Annual report of the Punjab Veterinary College and of the Civil Veterinary Department, Punjab - 1926-1932
Year: 1926
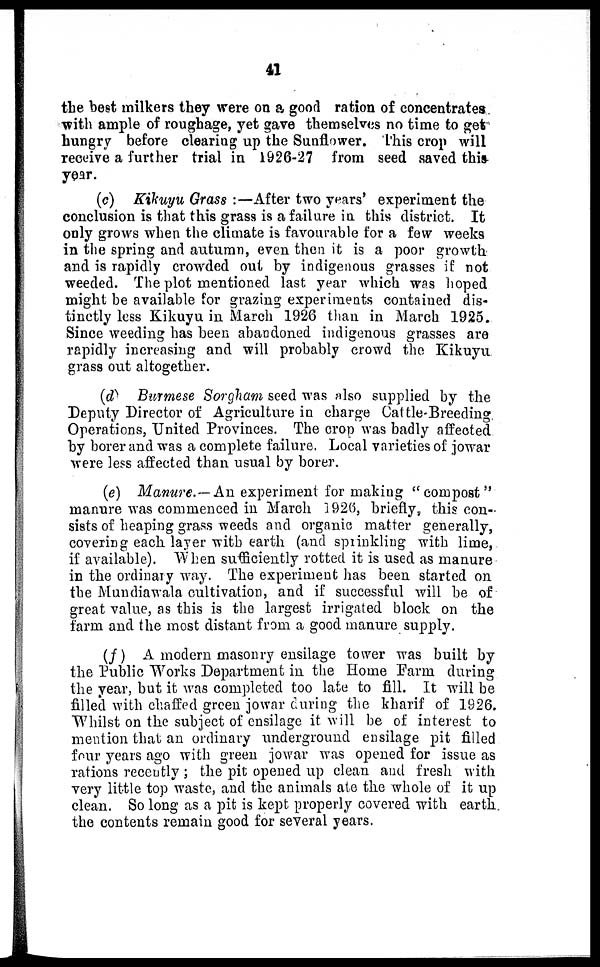
41
the best milkers they were on a good ration of concentrates
with ample of roughage, yet gave themselves no time to get
hungry before clearing up the Sunflower. This crop will
receive a further trial in 1926-27 from seed saved this
year.
(c) Kikuyu Grass:—After two years' experiment the
conclusion is that this grass is a failure in this district. It
only grows when the climate is favourable for a few weeks
in the spring and autumn, even then it is a poor growth
and is rapidly crowded out by indigenous grasses if not
weeded. The plot mentioned last year which was hoped
might be available for grazing experiments contained dis-
tinctly less Kikuyu in March 1926 than in March 1925.
Since weeding has been abandoned indigenous grasses are
rapidly increasing and will probably crowd the Kikuyu
grass out altogether.
(d) Burmese Sorgham seed was also supplied by the
Deputy Director of Agriculture in charge Cattle-Breeding
Operations, United Provinces. The crop was badly affected
by borer and was a complete failure. Local varieties of jowar
were less affected than usual by borer.
(e) Manure.— An experiment for making "compost"
manure was commenced in March 1926, briefly, this con-
sists of heaping grass weeds and organic matter generally,
covering each layer with earth (and sprinkling with lime,
if available). When sufficiently rotted it is used as manure
in the ordinary way. The experiment has been started on
the Mundiawala cultivation, and if successful will be of
great value, as this is the largest irrigated block on the
farm and the most distant from a good manure supply.
(f) A modern masonry ensilage tower was built by
the Public Works Department in the Home Farm during
the year, but it was completed too late to fill. It will be
filled with chaffed green jowar during the kharif of 1926.
Whilst on the subject of ensilage it will be of interest to
mention that an ordinary underground ensilage pit filled
four years ago with green jowar was opened for issue as
rations recently; the pit opened up clean and fresh with
very little top waste, and the animals ate the whole of it up
clean. So long as a pit is kept properly covered with earth
the contents remain good for several years.